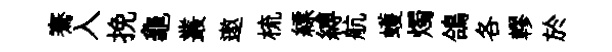
騫入挽龜叢遨梳縹縛航蠖燭鴿各轇於